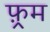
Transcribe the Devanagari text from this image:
फ़्रम